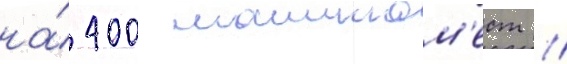
на́ 400 машином'ест //